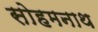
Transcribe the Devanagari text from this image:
सोहमनाथ